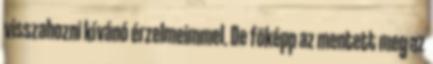
visszahozni kívánó érzelmeimmel. De fõképp az mentett meg az